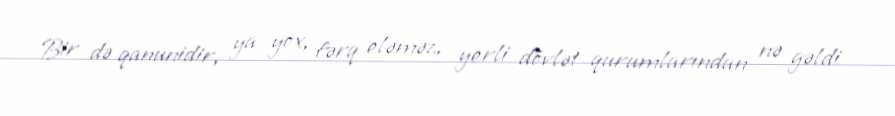
Bir də qanunidir, ya yox, fərq eləməz, yerli dövlət qurumlarından nə gəldi